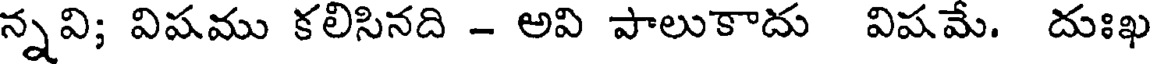
న్నవి; విషము కలిసినది - అవి పాలుకాదు విషమే. దుఃఖ